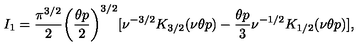
I _ { 1 } = \frac { \pi ^ { 3 / 2 } } { 2 } \biggl ( \frac { \theta p } { 2 } \biggr ) ^ { 3 / 2 } [ \nu ^ { - 3 / 2 } K _ { 3 / 2 } ( \nu \theta p ) - \frac { \theta p } { 3 } \nu ^ { - 1 / 2 } K _ { 1 / 2 } ( \nu \theta p ) ] ,